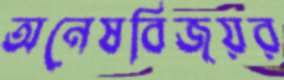
অনেষবিজয়র